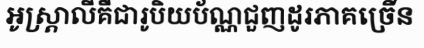
អូស្ត្រាលីគឺជារូបិយប័ណ្ណជួញដូរភាគច្រើន